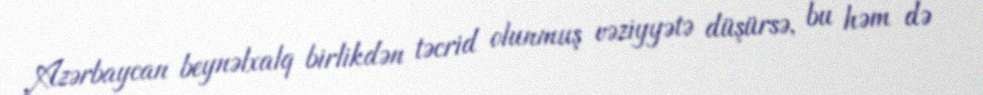
Azərbaycan beynəlxalq birlikdən təcrid olunmuş vəziyyətə düşürsə, bu həm də